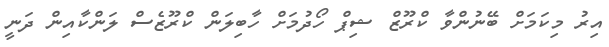
އިރު މިކަމަށް ބޭނުންވާ ކްރޫޒް ޝިޕް ހޯދުމަށް ހާބިލަން ކްރޫޒެސް ލަންކާއިން ދަނީ